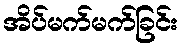
အိပ်မက်မက်ခြင်း